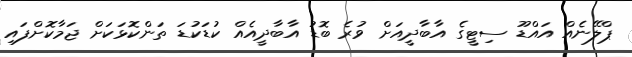
ޕްލޭނެއް އައްޑޫ ސިޓީގެ އާބާދީއަށް ވުރެ ބޮޑު އާބާދީއެއް ކުޑަކުޑަ ތަންކޮޅަކަށް ޖަމާކޮށްފައި